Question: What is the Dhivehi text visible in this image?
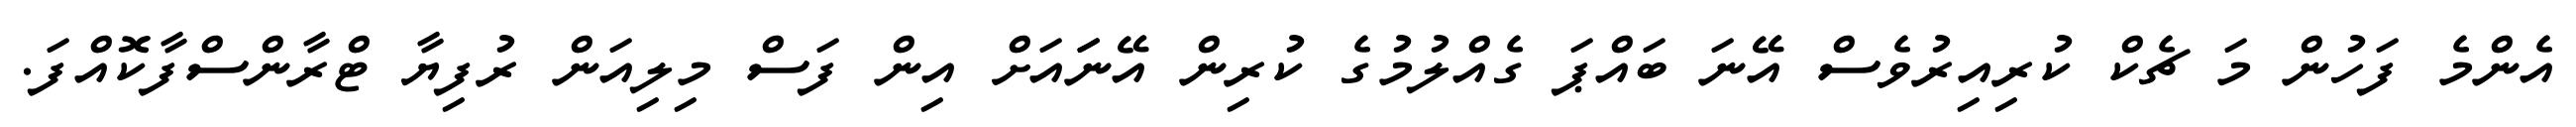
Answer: އެންމެ ފަހުން މަ ޗެކް ކުރިއިރުވެސް އޭނަ ބައްޕަ ގެއްލުމުގެ ކުރިން އޭނަައަށް އިން ފަސް މިލިއަން ރުފިޔާ ޓްރާންސްފާކޮއްފަ.